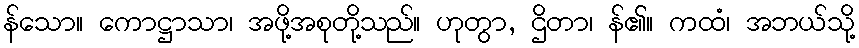
န်သော။ ကောဋ္ဌာသာ၊ အဖို့အစုတို့သည်။ ဟုတွာ, ဌိတာ၊ န်၏။ ကထံ၊ အဘယ်သို့